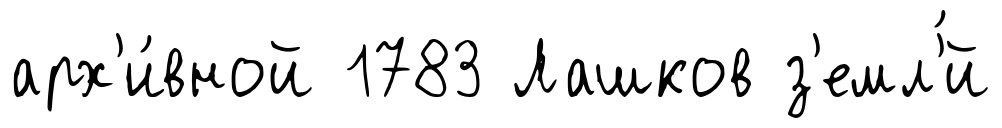
арх'и́вной 1783 Лашков з'емл'́й